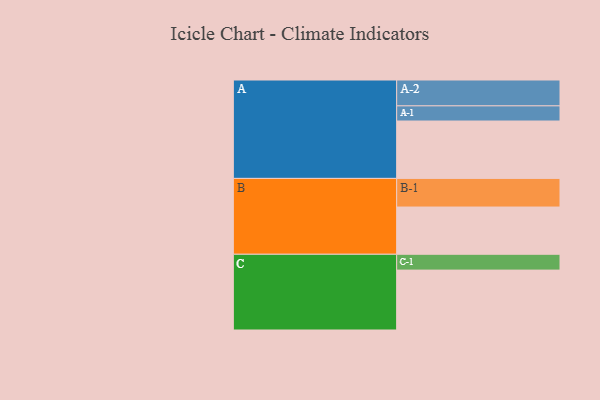
{"axis": {"x": "Segment", "y": "Value"}, "legend": ["", "A", "B", "C"], "data": [{"x": "A", "y": 435, "type": ""}, {"x": "B", "y": 358, "type": ""}, {"x": "C", "y": 454, "type": ""}, {"x": "A-1", "y": 115, "type": "A"}, {"x": "A-2", "y": 196, "type": "A"}, {"x": "B-1", "y": 217, "type": "B"}, {"x": "C-1", "y": 120, "type": "C"}]}